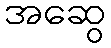
အဆွေ